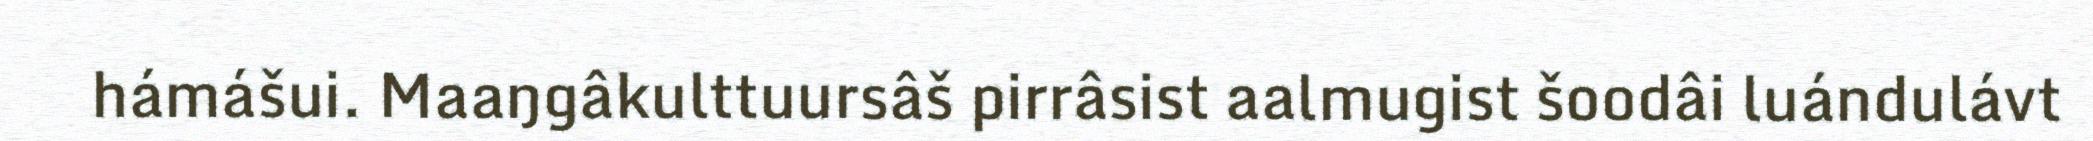
hámášui. Maaŋgâkulttuursâš pirrâsist aalmugist šoodâi luándulávt